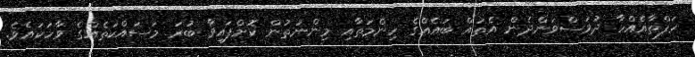
ހަފްތާއެއްހާ ދުވަސްވަންދެން އެތައް ބައެއްގެ ހިންމަތާއި މިންނަތުން ކޮށްފައިވާ ބުރަ މަސައްކަތެއްގެ ވާހަކައެވެ.